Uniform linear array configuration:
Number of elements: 64
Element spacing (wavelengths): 1
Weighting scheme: uniform
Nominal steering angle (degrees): -45
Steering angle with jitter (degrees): -45.504
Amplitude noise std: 0.05
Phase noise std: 0.05

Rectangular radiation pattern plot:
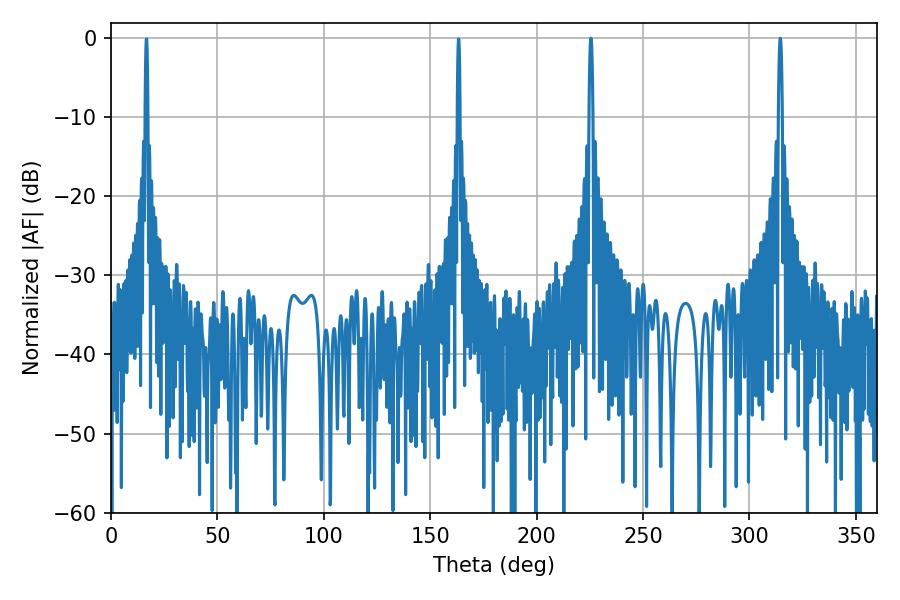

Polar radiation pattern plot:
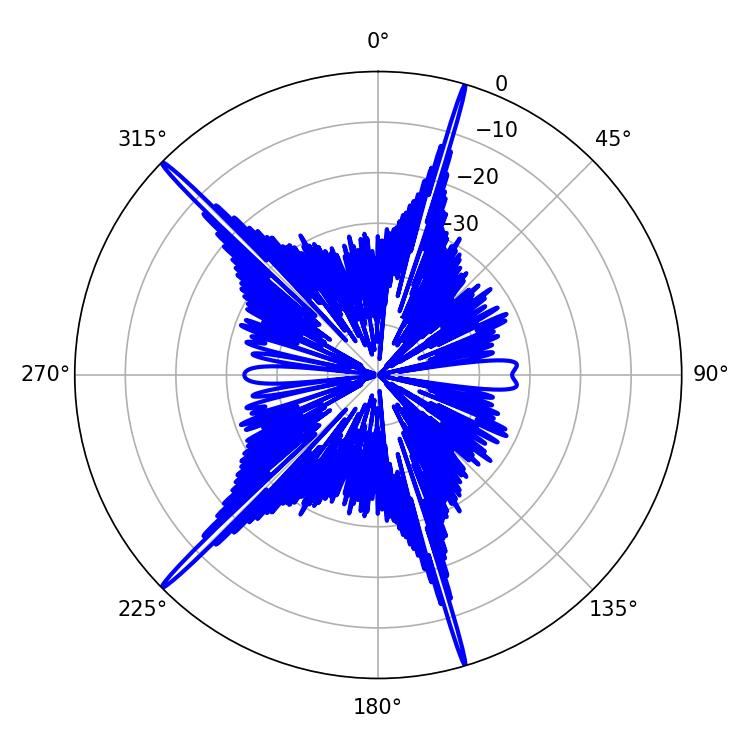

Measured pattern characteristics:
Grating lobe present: TRUE
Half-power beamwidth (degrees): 0.9
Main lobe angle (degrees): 314.46